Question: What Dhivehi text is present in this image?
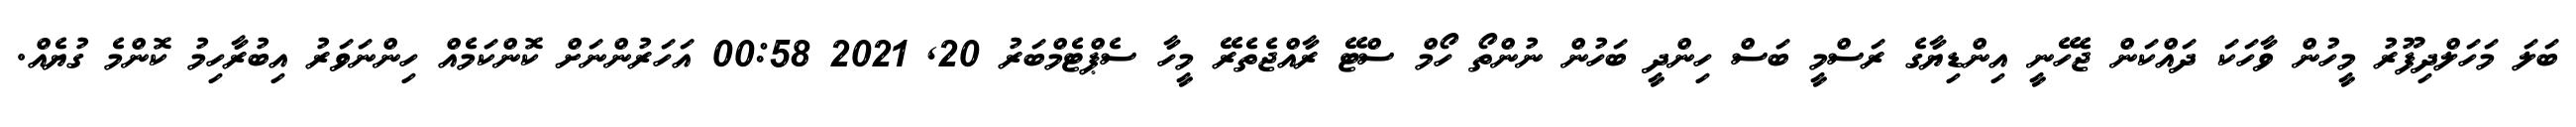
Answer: ބަލަ މަހަލްދިފޫރު މީހުން ވާހަކަ ދައްކަން ޖެހޭނީ އިންޑިޔާގެ ރަސްމީ ބަސް ހިންދީ ބަހުން ނުންތޯ ހޯމް ސްޓޭ ރާއްޖެތެރޭ މީހާ ސެޕްޓެމްބަރު 20, 2021 00:58 އަހަރުންނަށް ކޮންކަމެއް ހިންނަވަރު އިބުރާހިމު ކޮންމެ ގުޔެއް.